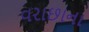
વરાછાના